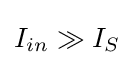
I_{in}\gg I_{S}